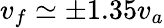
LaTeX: v_{f}\simeq\pm 1.35v_{a}